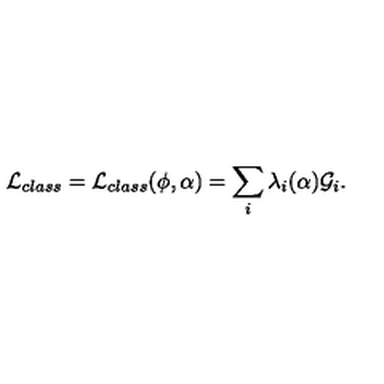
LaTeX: { \cal L } _ { c l a s s } = { \cal L } _ { c l a s s } ( \phi , \alpha ) = \sum _ { i } \lambda _ { i } ( \alpha ) { \cal G } _ { i } .